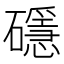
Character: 𥖵